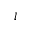
l